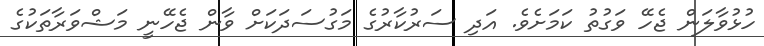
ހުޅުވާލަން ޖެހޭ ވަގުތު ކަމަށެވެ. އަދި ސަރުކާރުގެ މަގުސަދަކަށް ވާން ޖެހޭނީ މަޝްވަރާތަކުގެ